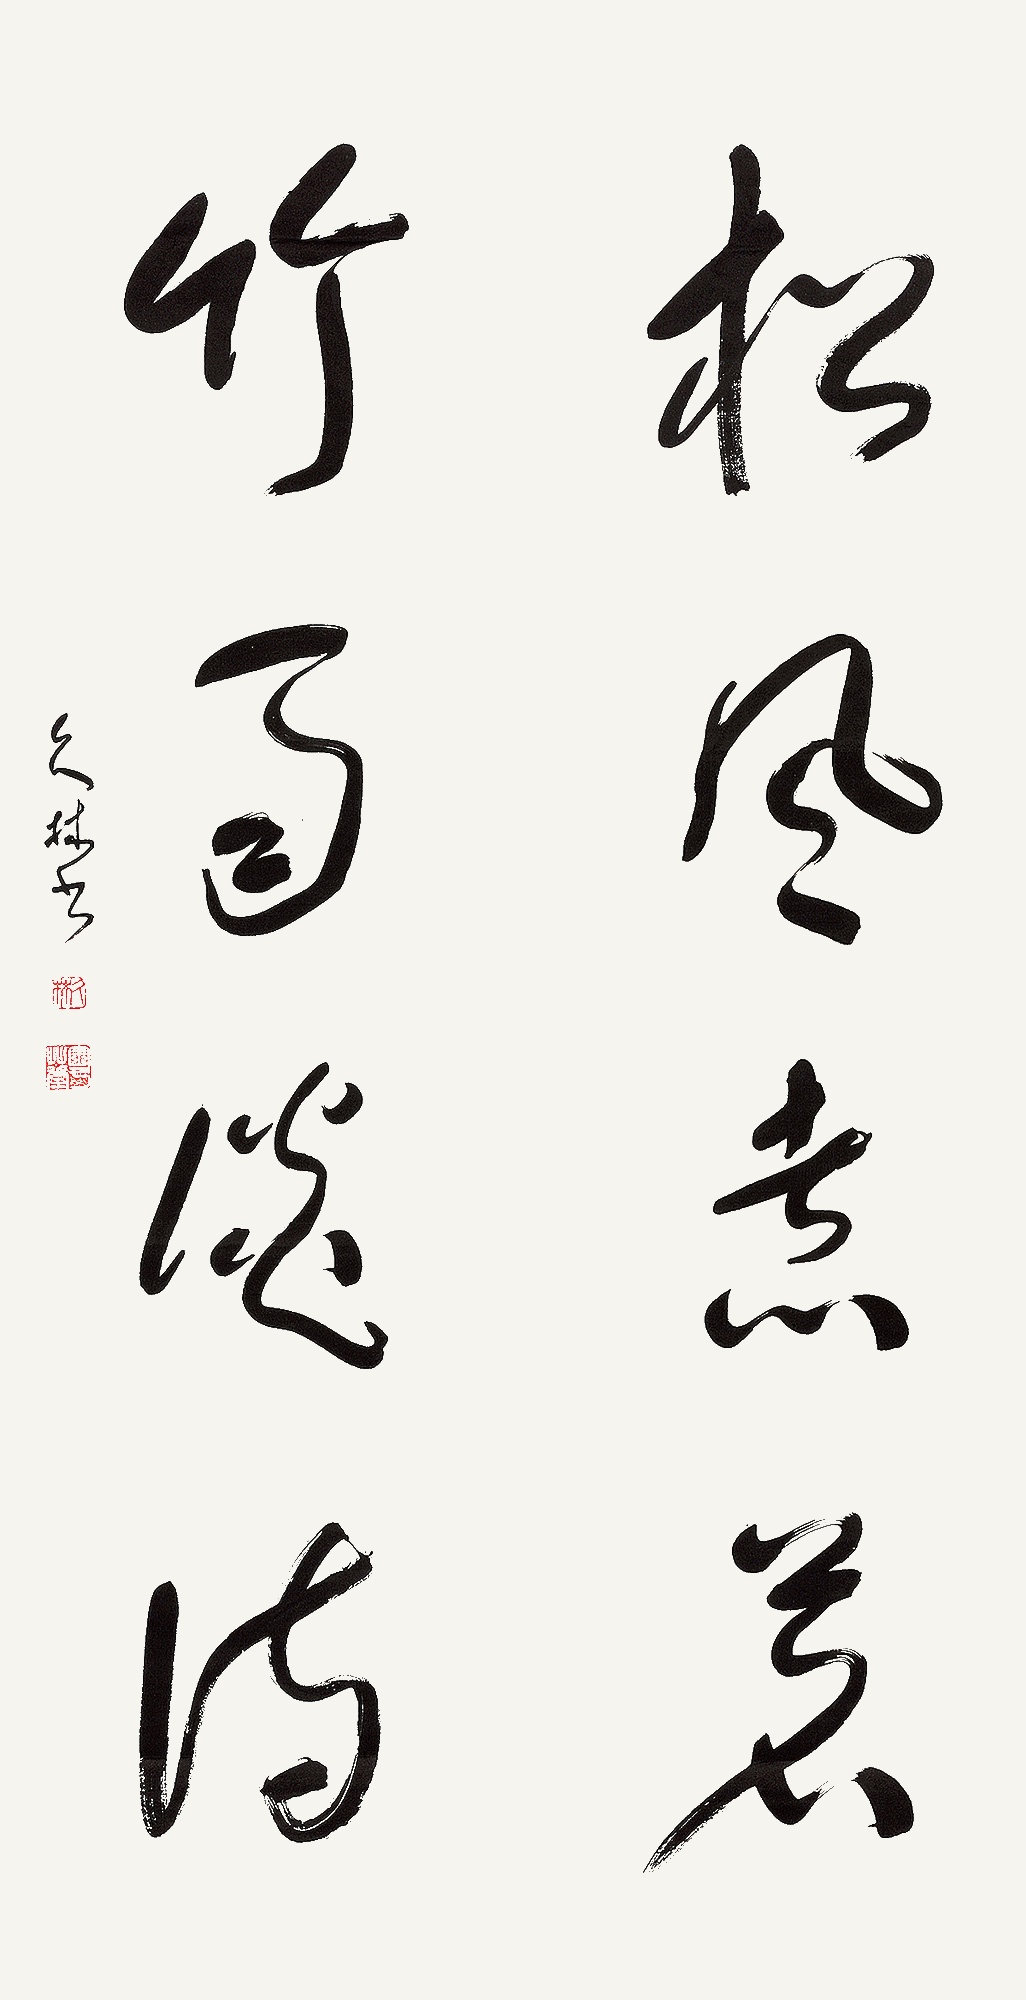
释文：松风煮茗，煮雨谈诗。久林书。